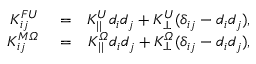
\begin{array} { r l r } { K _ { i j } ^ { F U } } & { { } = } & { K _ { | | } ^ { U } d _ { i } d _ { j } + K _ { \perp } ^ { U } ( \delta _ { i j } - d _ { i } d _ { j } ) , } \\ { K _ { i j } ^ { M \itOmega } } & { { } = } & { K _ { | | } ^ { \itOmega } d _ { i } d _ { j } + K _ { \perp } ^ { \itOmega } ( \delta _ { i j } - d _ { i } d _ { j } ) , } \end{array}